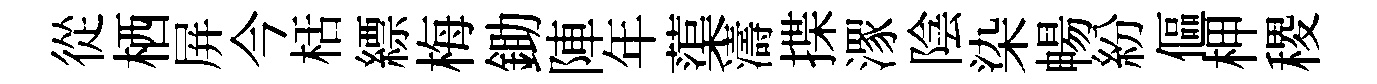
從栖屏今栝縹梅鋤陣年蕖濤揲潈陰染暢紛傴柙稷